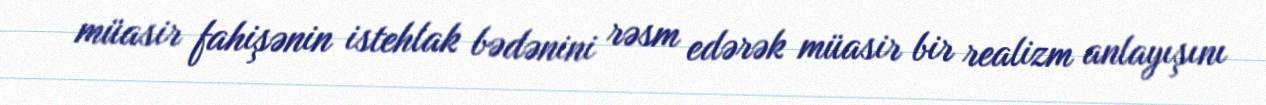
müasir fahişənin istehlak bədənini rəsm edərək müasir bir realizm anlayışını